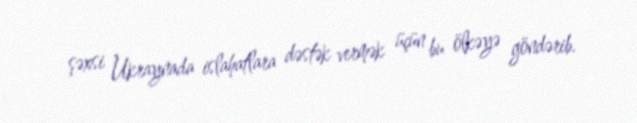
şəxsi Ukraynada islahatlara dəstək vermək üçün bu ölkəyə göndərib.